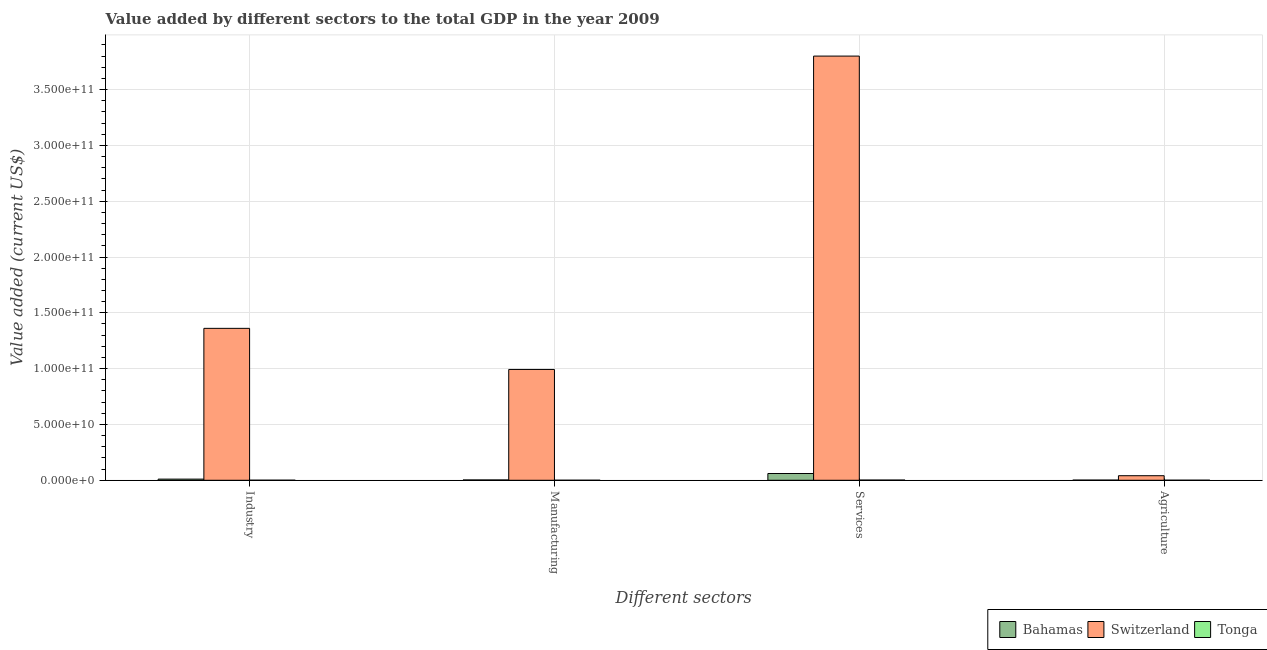
| Different sectors | Bahamas | Switzerland | Tonga |
 | --- | --- | --- | --- |
 | Industry | 1.03e+09 | 1.36e+11 | 5.43e+07 |
 | Manufacturing | 2.88e+08 | 9.93e+10 | 2.13e+07 |
 | Services | 6.06e+09 | 3.8e+11 | 1.75e+08 |
 | Agriculture | 1.49e+08 | 4.08e+09 | 5e+07 |